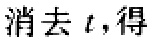
消去 \(t\)，得